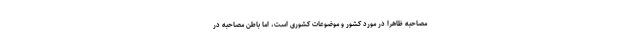
مصاحبه ظاهراً در مورد کشور و موضوعات کشوری است، اما باطنِ مصاحبه در